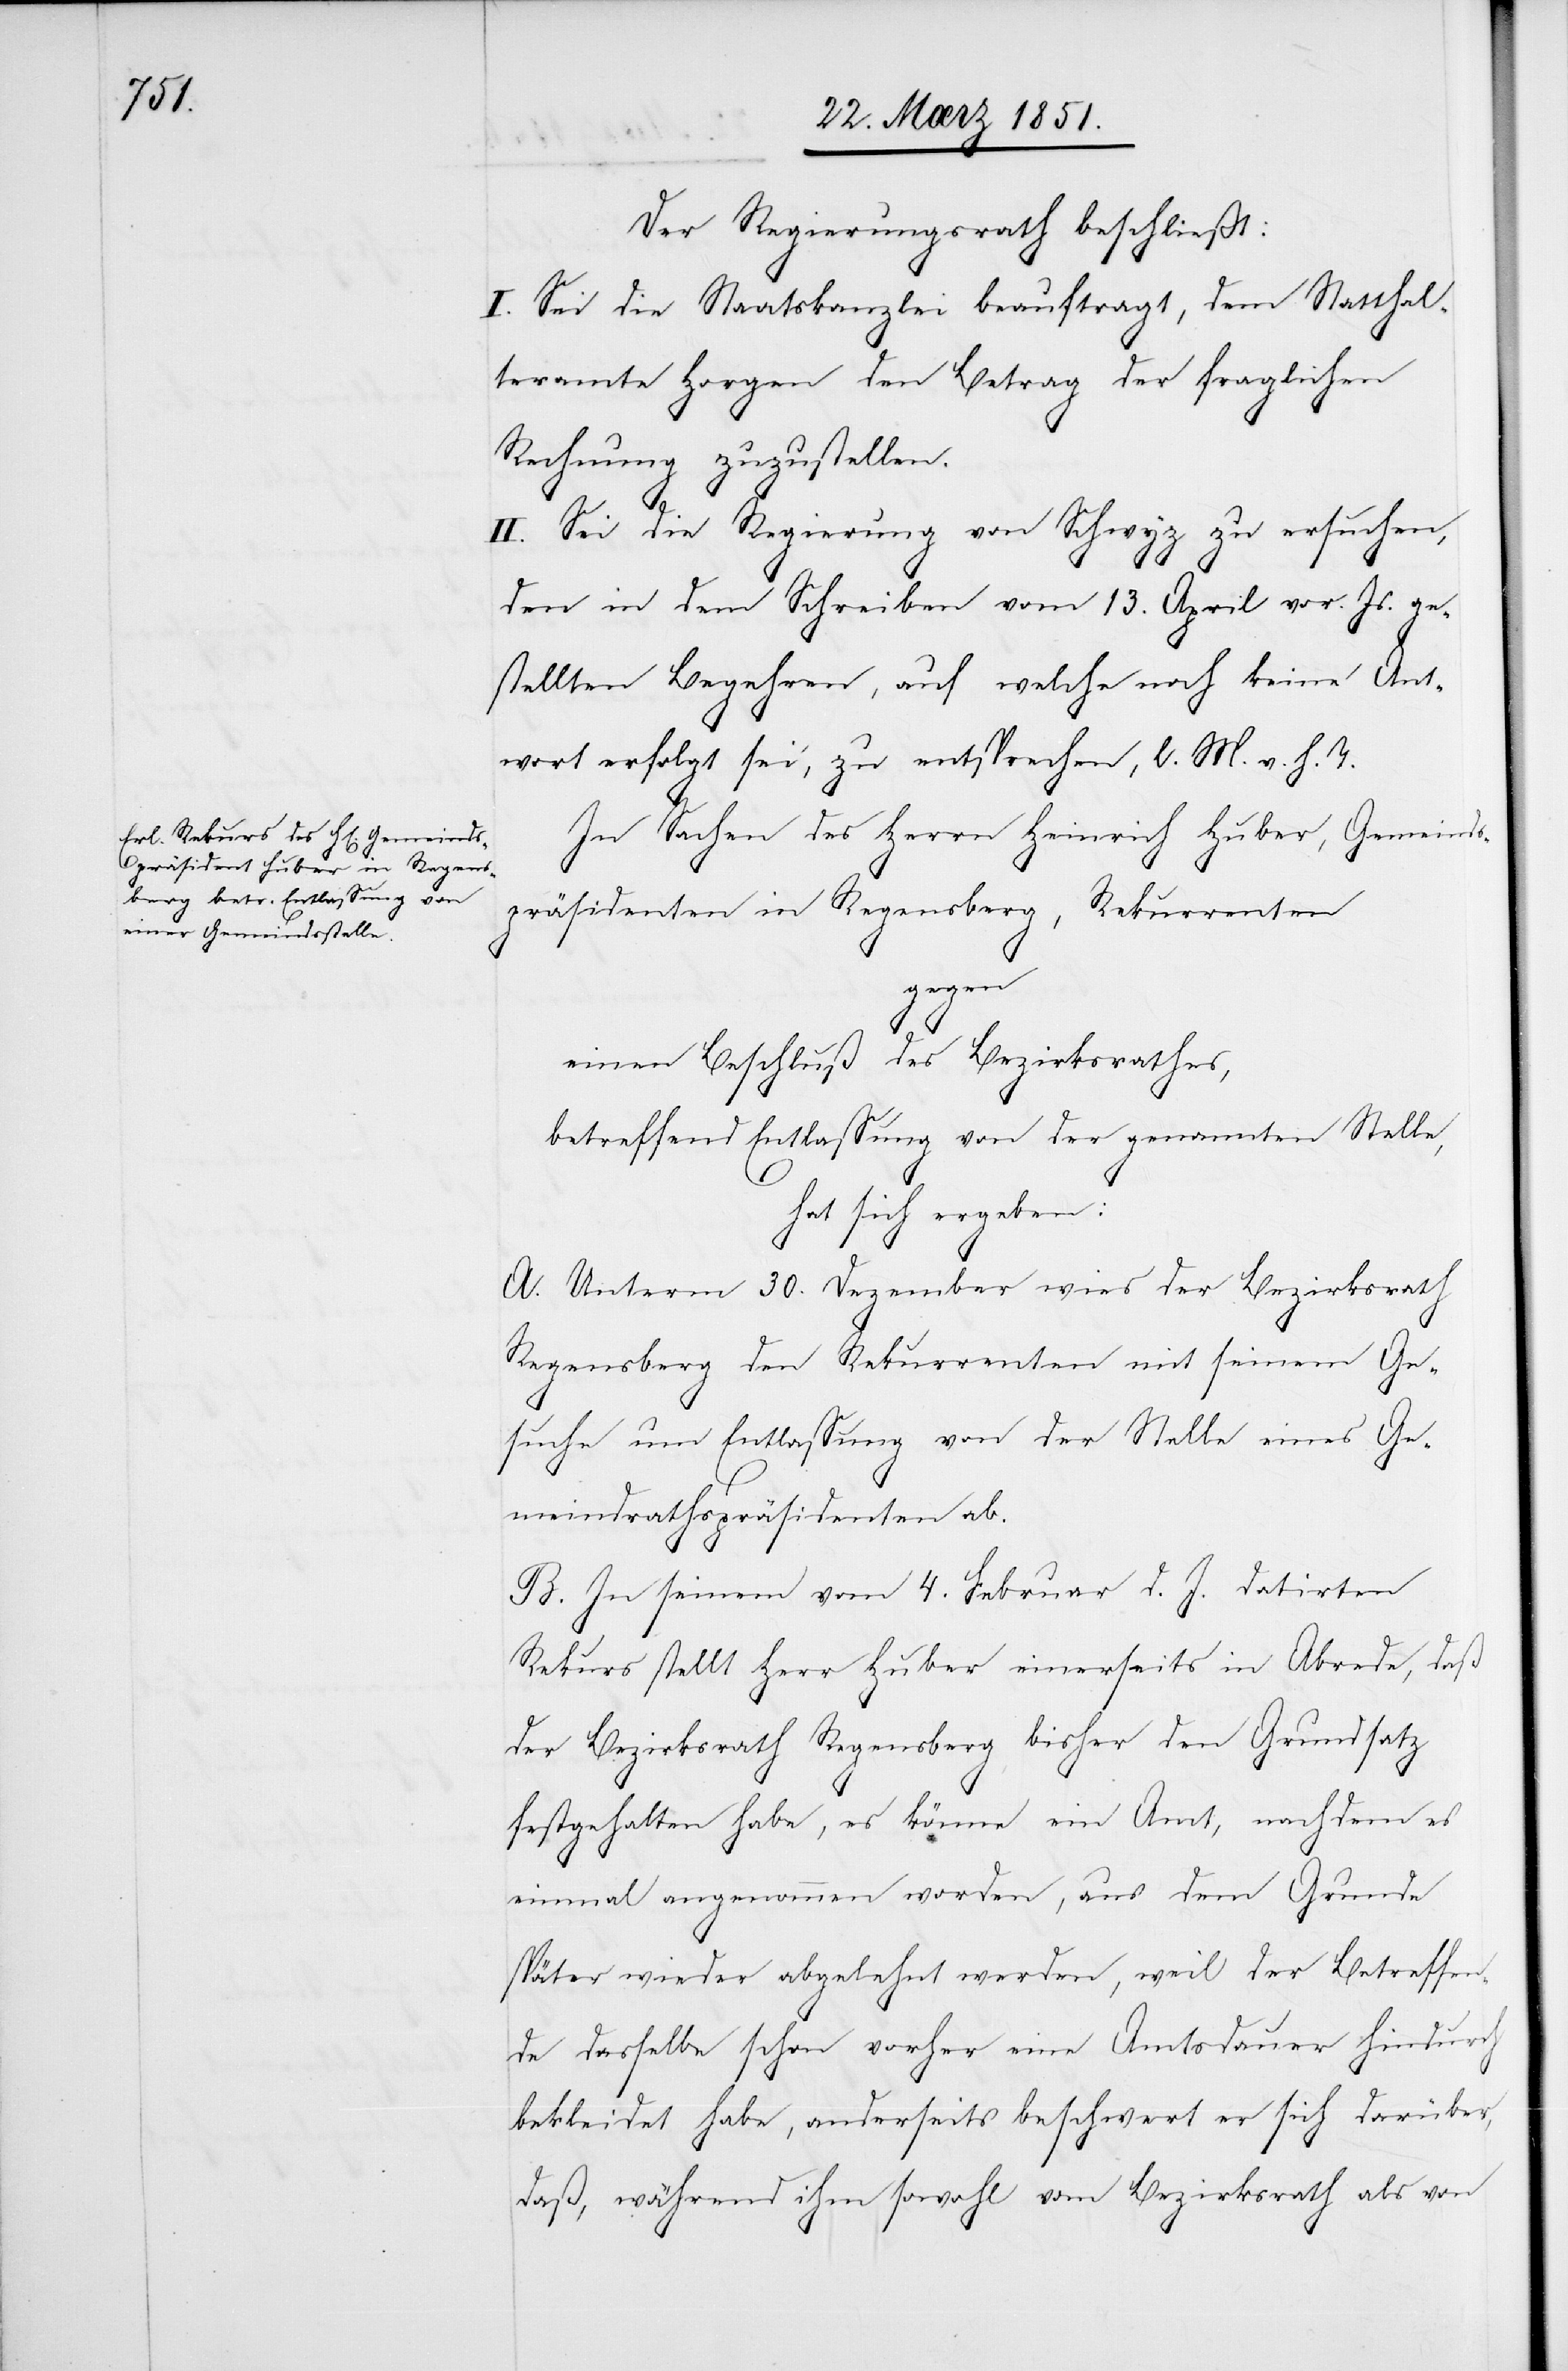
Der Regierungsrath beschließt:
I. Sei die Staatskanzlei beauftragt, dem Statthal¬
teramte Horgen den Betrag der fraglichen
Rechnung zuzustellen.
II. Sei die Regierung von Schwyz zu ersuchen,
den in dem Schreiben vom 13. April vor. Js. ge¬
stellten Begehren, auf welche noch keine Ant¬
wort erfolgt sei, zu entsprechen, l. M. v. h. T.
In Sachen des Herrn Heinrich Huber, Gemeinds¬
präsidenten in Regensberg, Rekurrenten
gegen
einen Beschluß des Bezirksrathes,
betreffend Entlassung von der genannten Stelle,
hat sich ergeben:
A. Unterm 30. Dezember wies der Bezirksrath
Regensberg den Rekurrenten mit seinem Ge¬
suche um Entlassung von der Stelle eines Ge¬
meindrathspräsidenten ab.
B. In seinem vom 4. Februar d. J. datirten
Rekurs stellt Herr Huber einerseits in Abrede, daß
der Bezirksrath Regensberg bisher den Grundsatz
festgehalten habe, es könne ein Amt, nachdem es
einmal angenommen worden, aus dem Grunde
später wieder abgelehnt werden, weil der Betreffen¬
de dasselbe schon vorher eine Amtsdauer hindurch
bekleidet habe, anderseits beschwert er sich darüber,
daß, während ihm sowohl vom Bezirksrath als von